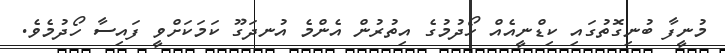
މުނީފާ ބުނިގޮތުގައި ކިޑްނީއެއް ހޯދުމުގެ އިތުރުން އެންމެ އުނދަގޫ ކަމަކަށްވީ ފައިސާ ހޯދުމެވެ.